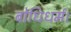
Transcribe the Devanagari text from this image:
बोधिधर्म।